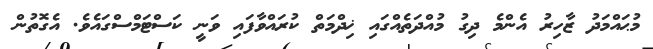
މުޙައްމަދު ޒާހިރު އެންމެ ދިގު މުއްދަތެއްގައި ޚިދްމަތް ކުރައްވާފައި ވަނީ ކަސްޓަމްސްގައެވެ. އެގޮތުން